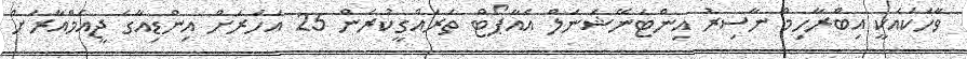
ވާހަކައަކީ އިބްރާހިމް ނާސިރު އިންޓަނޭޝަނަލް އެއާޕޯޓް ތަރައްގީކުރަން 25 އަަހަރަށް އިންޑިއާގެ ޖީއެމްއާރަށް